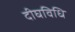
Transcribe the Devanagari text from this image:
दीघविधि